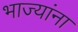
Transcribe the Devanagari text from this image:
भाज्यांना